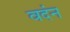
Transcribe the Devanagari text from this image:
वदंन